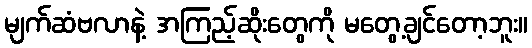
မျက်ဆံဗလာနဲ့ အကြည့်ဆိုးတွေကို မတွေ့ချင်တော့ဘူး။